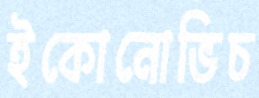
ইকোনোভিচ